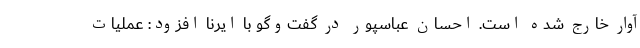
آوار خارج شده است. احسان عباسپور در گفت‌وگو با ایرنا افزود: عملیات